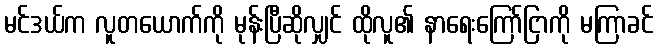
မင်ဒယ်က လူတယောက်ကို မုန်းပြီဆိုလျှင် ထိုလူ၏ နာရေးကြော်ငြာကို မကြာခင်